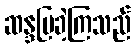
ဆန္ဒပြခဲ့ကြသည်